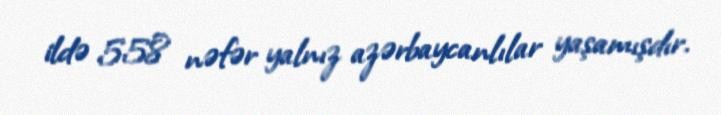
ildə 558 nəfər yalnız azərbaycanlılar yaşamışdır.